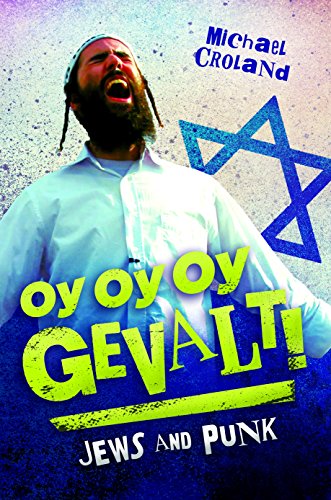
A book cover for Oy Oy Oy Gevalt!: Jews and Punk; Michael Croland; History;